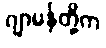
ဂျာမန်တို့က